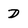
Character: D